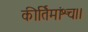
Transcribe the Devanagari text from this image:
कीर्तिमांश्च।।